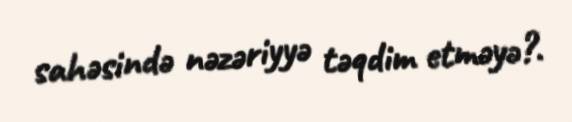
sahəsində nəzəriyyə təqdim etməyə?.